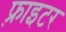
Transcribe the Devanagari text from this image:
फ़्राइटर